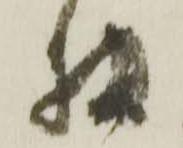
相